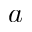
a